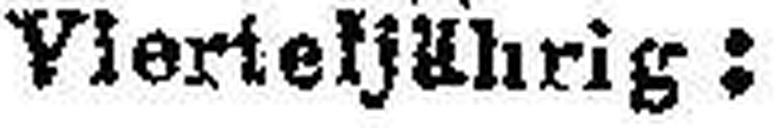
Vierteljährig: